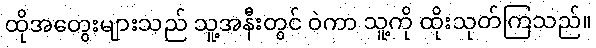
ထိုအတွေးများသည် သူ့အနီးတွင် ဝဲကာ သူ့ကို ထိုးသုတ်ကြသည်။